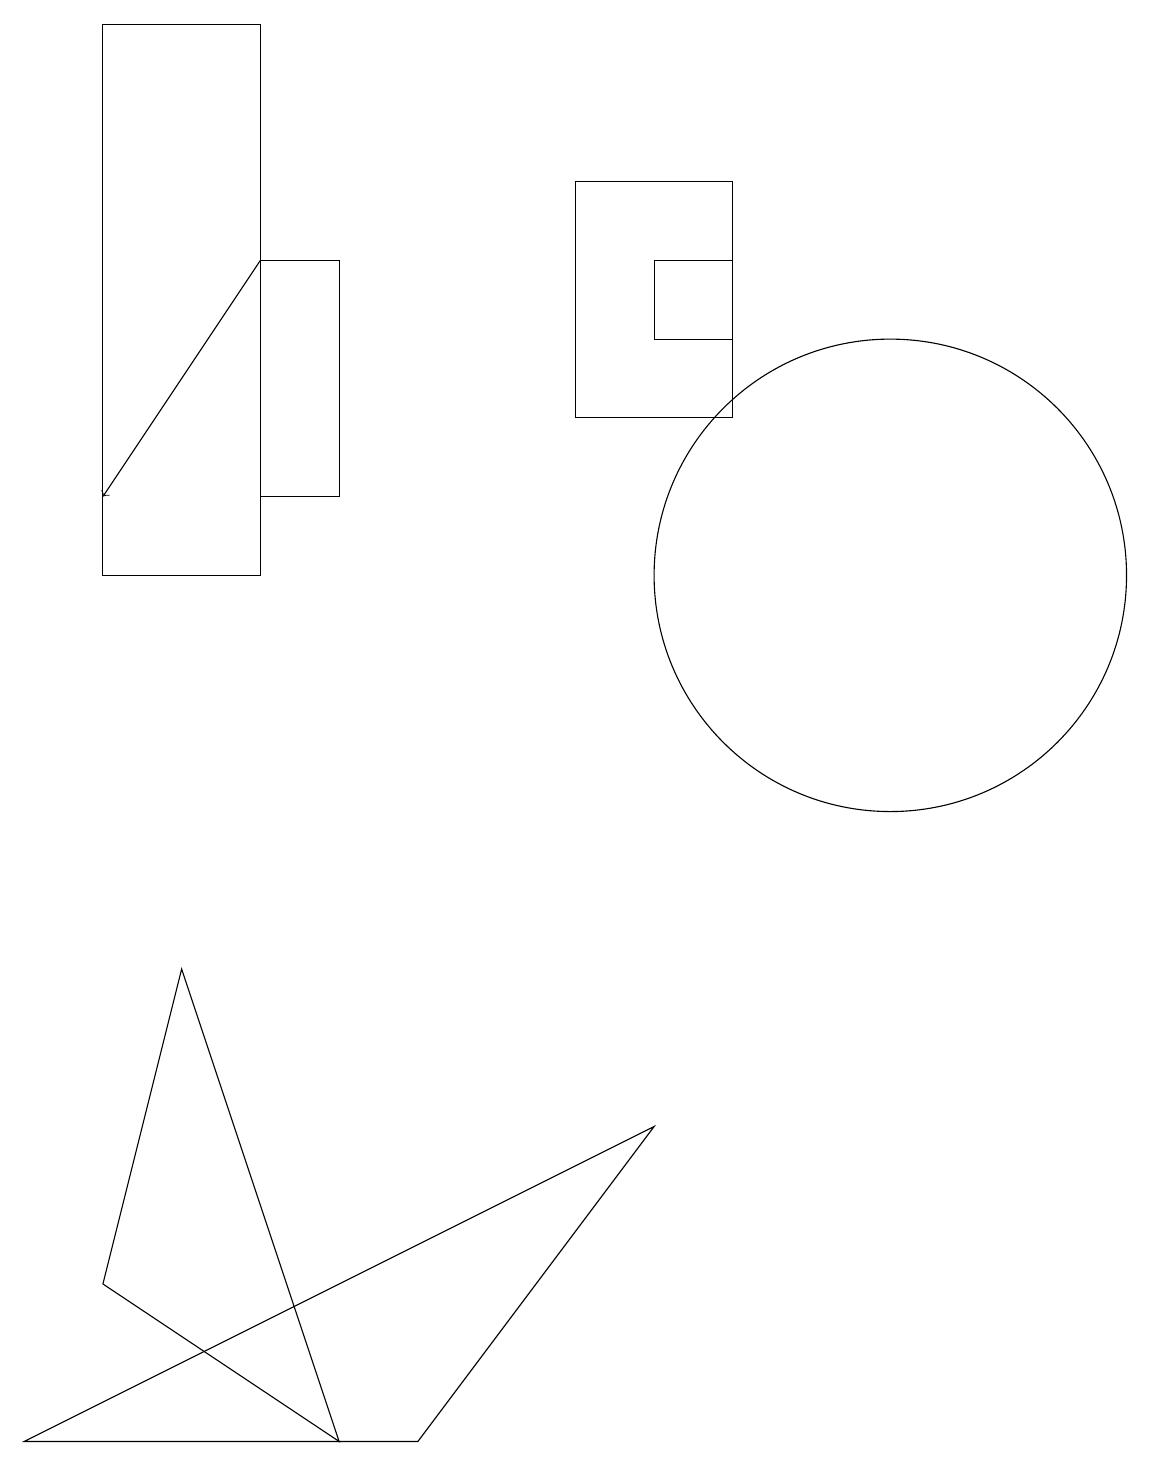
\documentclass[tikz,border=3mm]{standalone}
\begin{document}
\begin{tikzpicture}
\draw[->] (3,16) -- (1,13);
\draw (7,14) rectangle (9,17);
\draw (4,16) rectangle (3,13);
\draw (3,12) rectangle (1,19);
\draw (2,7) -- (1,3) -- (4,1) -- cycle;
\draw (8,16) rectangle (9,15);
\draw (11,12) circle (3);
\draw (5,1) -- (0,1) -- (8,5) -- cycle;
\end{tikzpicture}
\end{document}